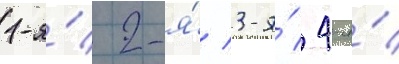
1-я́/ 2-я́/ 3-я́/ 4-я́/